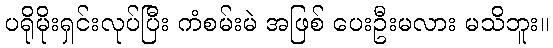
ပရိုမိုးရှင်းလုပ်ပြီး ကံစမ်းမဲ အဖြစ် ပေးဦးမလား မသိဘူး။